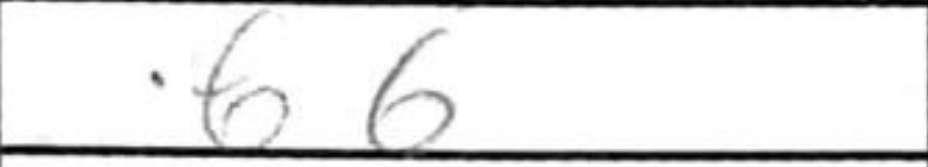
Transcription: b6